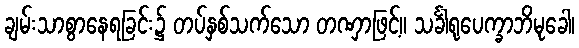
ချမ်းသာစွာနေရခြင်း၌ တပ်နှစ်သက်သော တဏှာဖြင့်။ သင်္ခါရုပေက္ခာဘိမုခေါ၊